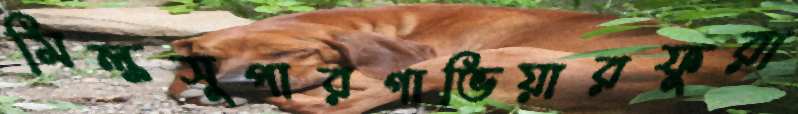
মিল্কসুপারগাভিয়ারফুরা